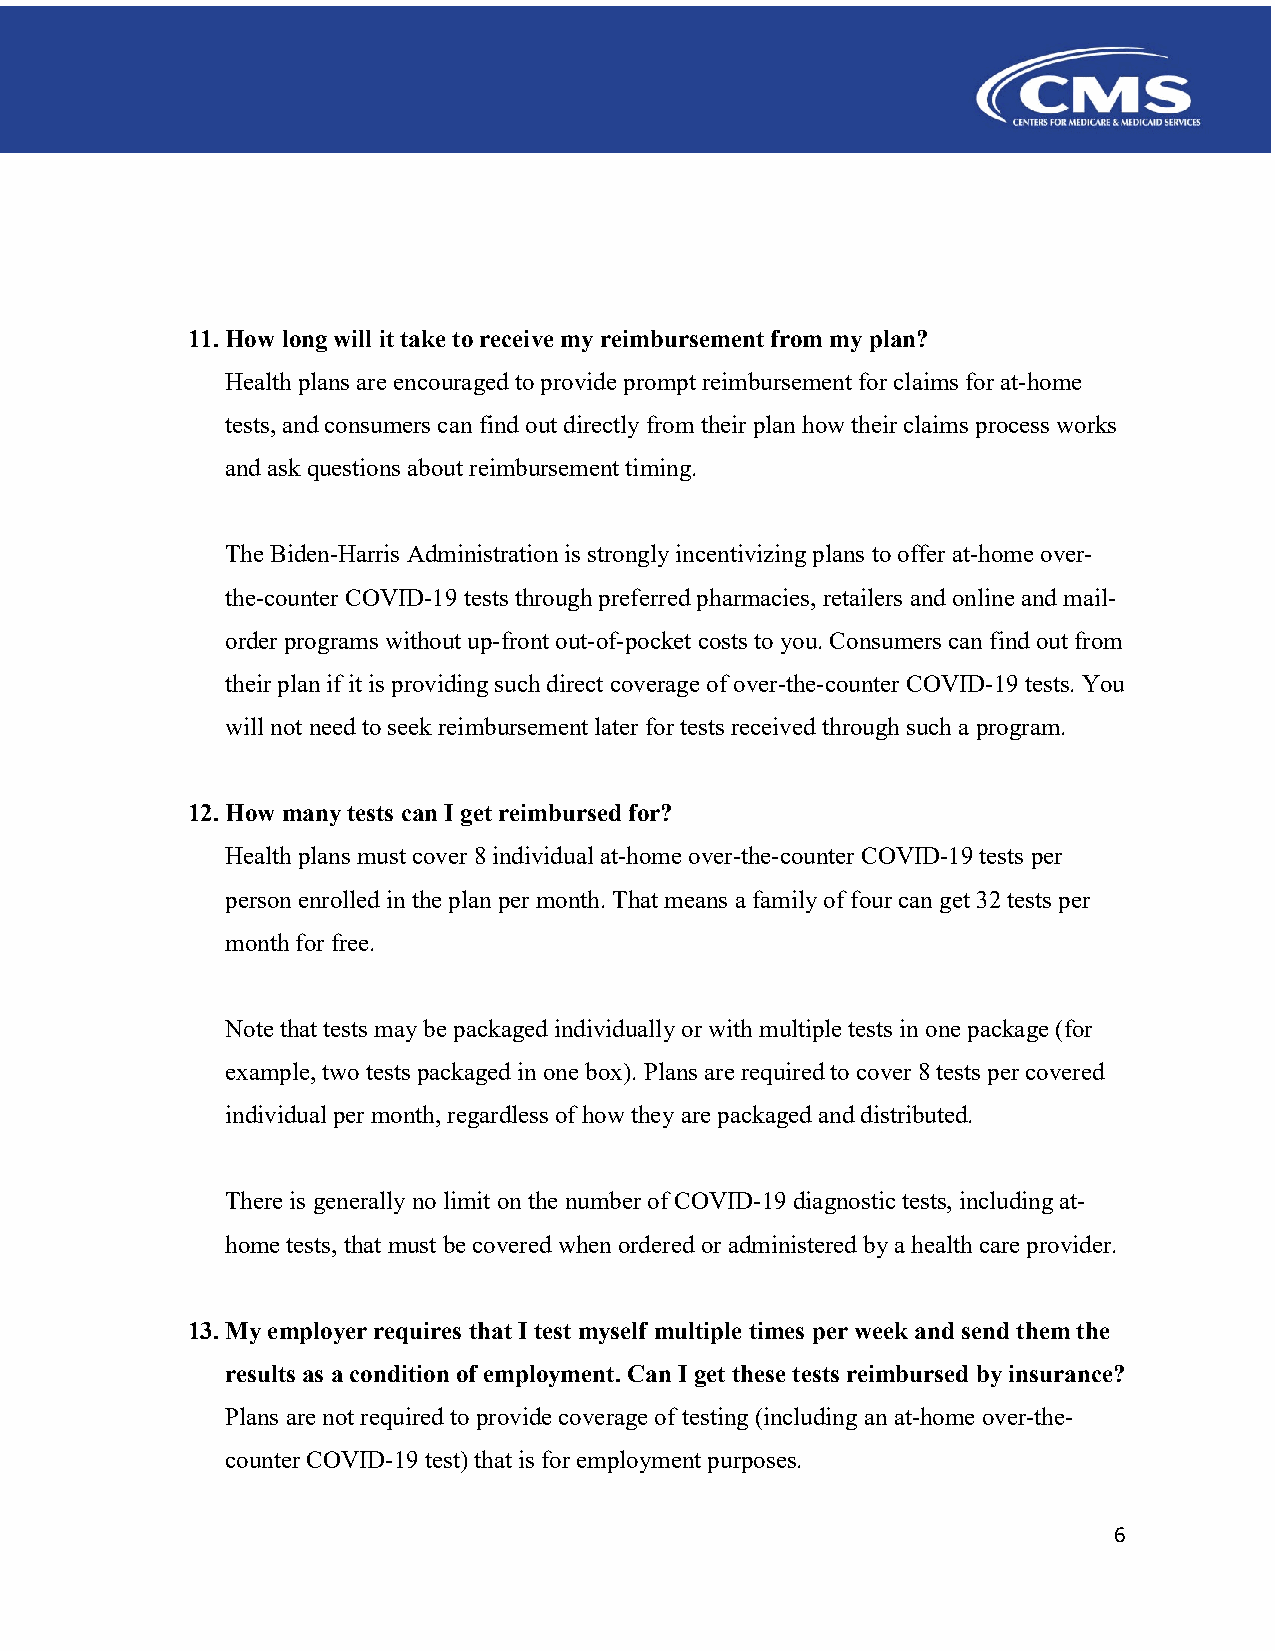
11. How long will it take to receive my reimbursement from my plan?
 Health plans are encouraged to provide prompt reimbursement for claims for at-home
 tests, and consumers can find out directly from their plan how their claims process works
 and ask questions about reimbursement timing.
 The Biden-Harris Administration is strongly incentivizing plans to offer at-home over-
 the-counter COVID-19 tests through preferred pharmacies, retailers and online and mail-
 order programs without up-front out-of-pocket costs to you. Consumers can find out from
 their plan if it is providing such direct coverage of over-the-counter COVID-19 tests. You
 will not need to seek reimbursement later for tests received through such a program.
 12. How many tests can I get reimbursed for?
 Health plans must cover 8 individual at-home over-the-counter COVID-19 tests per
 person enrolled in the plan per month. That means a family of four can get 32 tests per
 month for free.
 Note that tests may be packaged individually or with multiple tests in one package (for
 example, two tests packaged in one box). Plans are required to cover 8 tests per covered
 individual per month, regardless of how they are packaged and distributed.
 There is generally no limit on the number of COVID-19 diagnostic tests, including at-
 home tests, that must be covered when ordered or administered by a health care provider.
 13. My employer requires that I test myself multiple times per week and send them the
 results as a condition of employment. Can I get these tests reimbursed by insurance?
 Plans are not required to provide coverage of testing (including an at-home over-the-
 counter COVID-19 test) that is for employment purposes.
 6